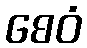
စေဝံ